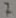
Text: 7